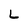
Character: L